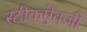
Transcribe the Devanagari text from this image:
स्टीकऐवजी